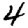
Digit: 4